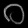
Digit: ၀